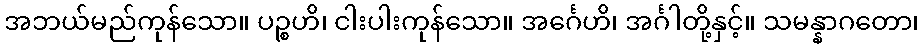
အဘယ်မည်ကုန်သော။ ပဉ္စဟိ၊ ငါးပါးကုန်သော။ အင်္ဂေဟိ၊ အင်္ဂါတို့နှင့်။ သမန္နာဂတော၊